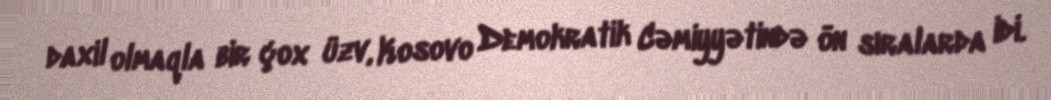
daxil olmaqla bir çox üzv, Kosovo Demokratik Cəmiyyətində ön sıralarda idi.